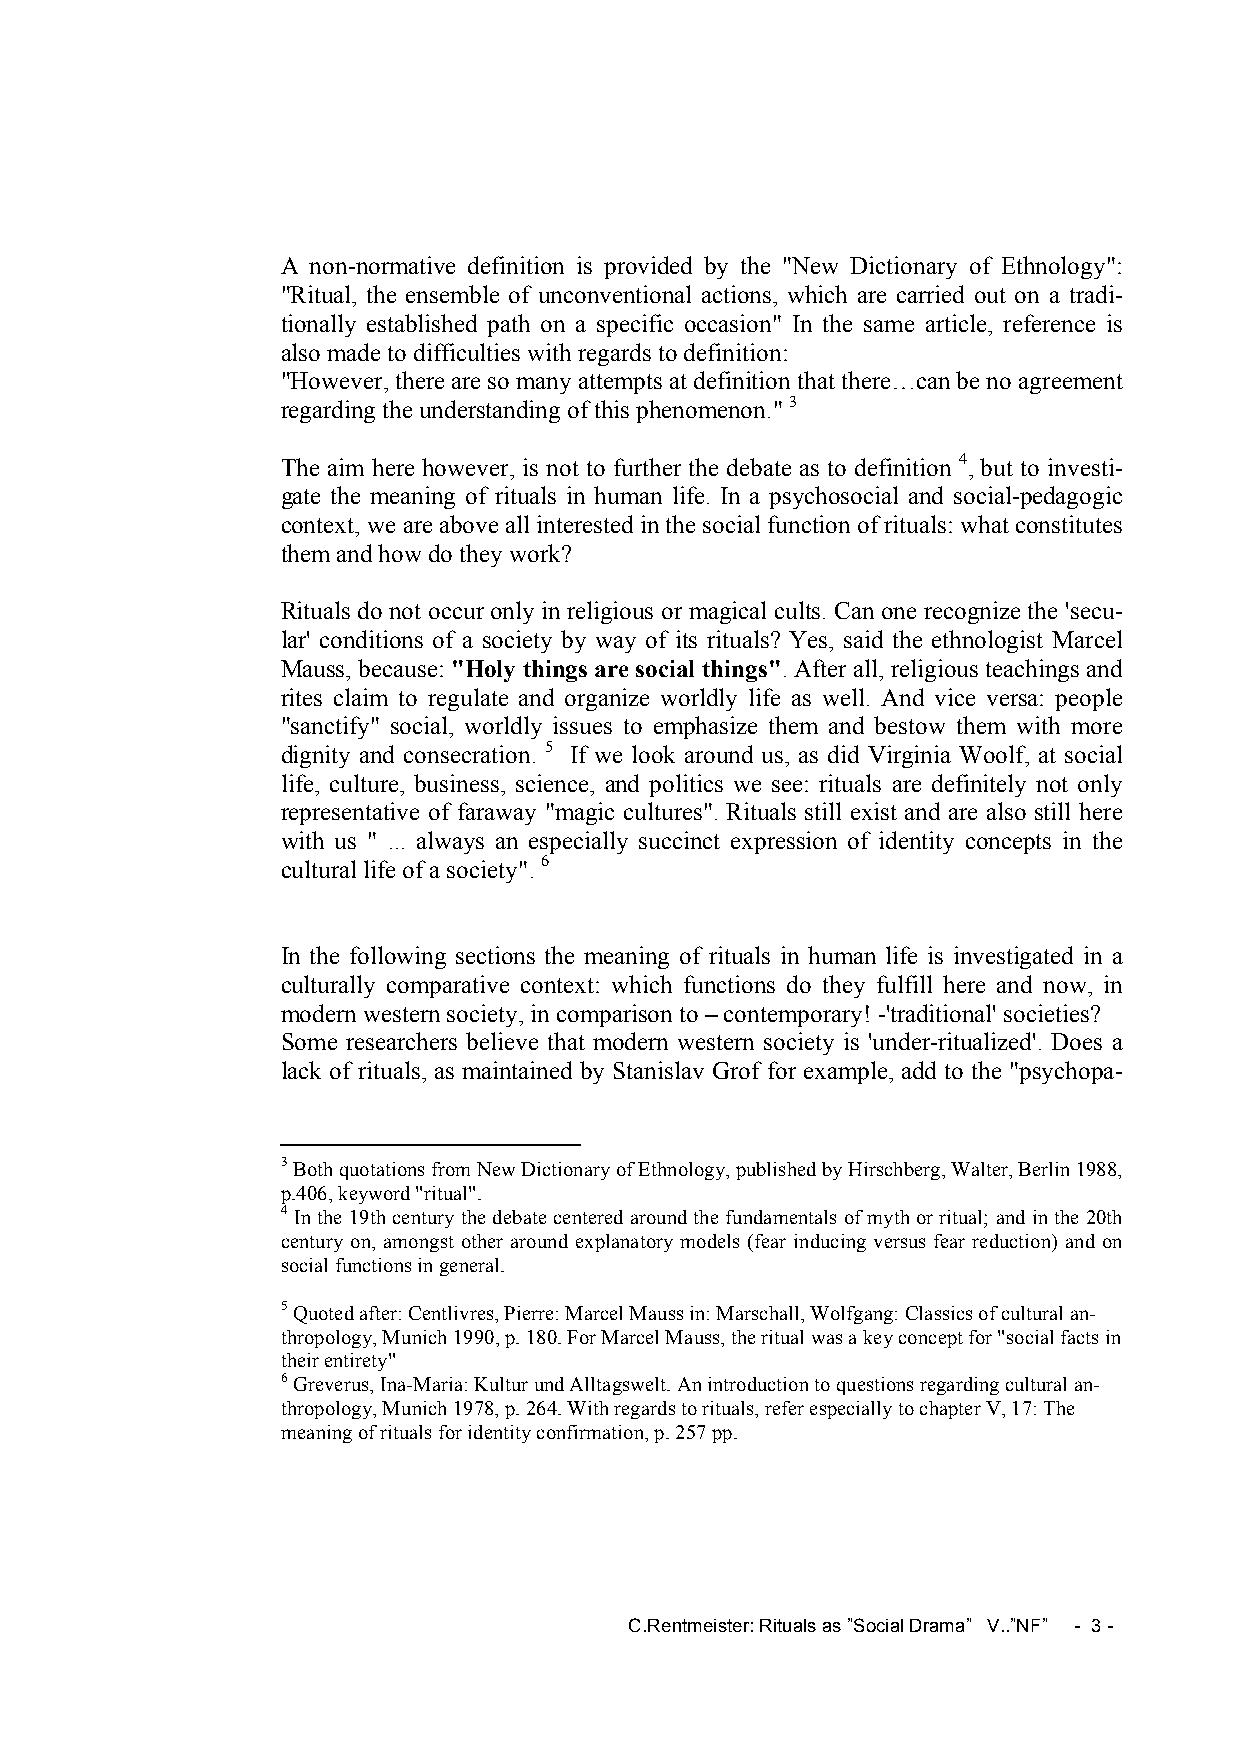
A non-normative definition is provided by the "New Dictionary of Ethnology":
 "Ritual, the ensemble of unconventional actions, which are carried out on a tradi-
 tionally established path on a specific occasion" In the same article, reference is
 also made to difficulties with regards to definition:
 "However, there are so many attempts at definition that there…can be no agreement
 regarding the understanding of this phenomenon." 3
 The aim here however, is not to further the debate as to definition 4, but to investi-
 gate the meaning of rituals in human life. In a psychosocial and social-pedagogic
 context, we are above all interested in the social function of rituals: what constitutes
 them and how do they work?
 Rituals do not occur only in religious or magical cults. Can one recognize the 'secu-
 lar' conditions of a society by way of its rituals? Yes, said the ethnologist Marcel
 Mauss, because: "Holy things are social things". After all, religious teachings and
 rites claim to regulate and organize worldly life as well. And vice versa: people
 "sanctify" social, worldly issues to emphasize them and bestow them with more
 dignity and consecration. 5 If we look around us, as did Virginia Woolf, at social
 life, culture, business, science, and politics we see: rituals are definitely not only
 representative of faraway "magic cultures". Rituals still exist and are also still here
 with us " ... always an especially succinct expression of identity concepts in the
 cultural life of a society". 6
 In the following sections the meaning of rituals in human life is investigated in a
 culturally comparative context: which functions do they fulfill here and now, in
 modern western society, in comparison to – contemporary! -'traditional' societies?
 Some researchers believe that modern western society is 'under-ritualized'. Does a
 lack of rituals, as maintained by Stanislav Grof for example, add to the "psychopa-
 3 Both quotations from New Dictionary of Ethnology, published by Hirschberg, Walter, Berlin 1988,
 p.406, keyword "ritual".
 4 In the 19th century the debate centered around the fundamentals of myth or ritual; and in the 20th
 century on, amongst other around explanatory models (fear inducing versus fear reduction) and on
 social functions in general.
 5 Quoted after: Centlivres, Pierre: Marcel Mauss in: Marschall, Wolfgang: Classics of cultural an-
 thropology, Munich 1990, p. 180. For Marcel Mauss, the ritual was a key concept for "social facts in
 their entirety"
 6 Greverus, Ina-Maria: Kultur und Alltagswelt. An introduction to questions regarding cultural an-
 thropology, Munich 1978, p. 264. With regards to rituals, refer especially to chapter V, 17: The
 meaning of rituals for identity confirmation, p. 257 pp.
 C.Rentmeister: Rituals as ”Social Drama” V..”NF” - 3 -